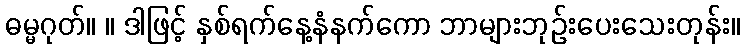
ဓမ္မဂုတ်။ ။ ဒါဖြင့် နှစ်ရက်နေ့နံနက်ကော ဘာများဘုဉ်းပေးသေးတုန်း။